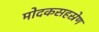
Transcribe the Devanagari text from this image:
मोदकसहस्रेण